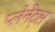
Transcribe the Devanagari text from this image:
प्लेनेट्स